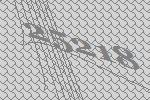
25218